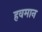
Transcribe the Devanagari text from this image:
हवमान